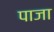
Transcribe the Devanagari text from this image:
पाजा